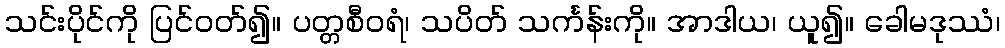
သင်းပိုင်ကို ပြင်ဝတ်၍။ ပတ္တစီဝရံ၊ သပိတ် သင်္ကန်းကို။ အာဒါယ၊ ယူ၍။ ခေါမဒုဿံ၊